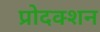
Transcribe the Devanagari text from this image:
प्रोदक्शन